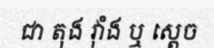
ជា តុង វ៉ាំង ឬ ស្តេច